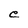
Character: C